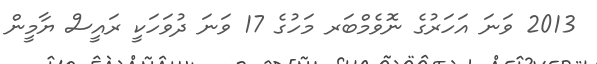
2013 ވަނަ އަހަރުގެ ނޮވެމްބަރ މަހުގެ 17 ވަނަ ދުވަހަކީ ރައީސް ޔާމީން